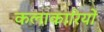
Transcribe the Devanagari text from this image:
कलाकारियों